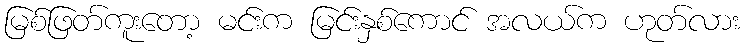
မြစ်ဖြတ်ကူးတော့ မင်းက မြင်းနှစ်ကောင် အလယ်က ဟုတ်လား